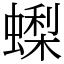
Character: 蟍